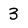
Character: 3